Annual statistical returns and brief notes on vaccination in Bengal - 1909-1929
Year: 1909
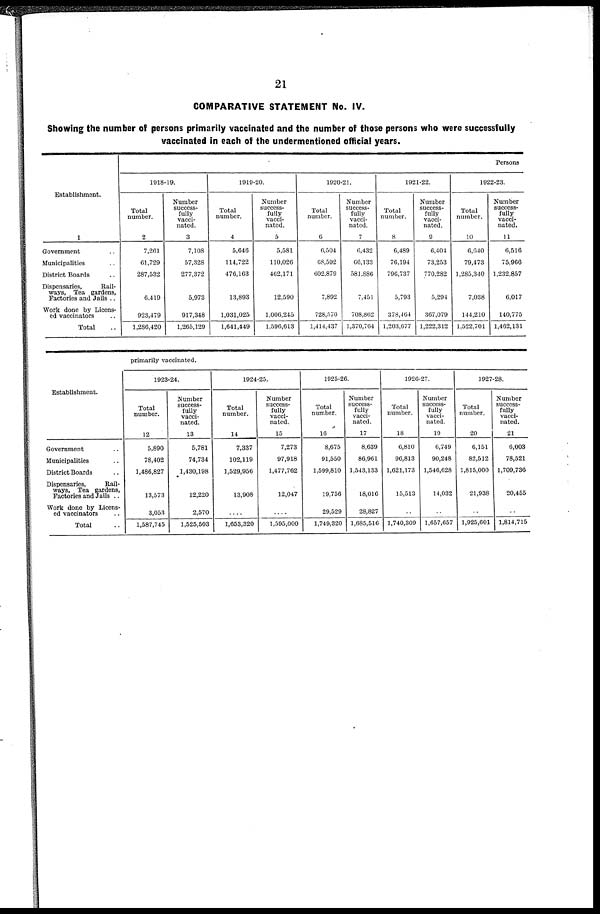
21
COMPARATIVE STATEMENT No. IV.
Showing the number of persons primarily vaccinated and the number of those persons who were successfully
vaccinated in each of the undermentioned official years.
Establishment.
1
Government ..
Municipalities ..
District Boards ..
Dispensaries,
Rail-
ways, Tea gardens,
Factories and Jails ..
Work done by Licens-
ed vaccinators ..
Total ..
Persons
1918-19.
Total
number.
2
7,261
61,729
287,532
6,419
923,479
1,286,420
Number
success-
fully
vacci-
nated.
3
7,108
57,328
277,372
5,973
917,348
1,265,129
1919-20.
Total
number.
4
5,646
114,722
476,163
13,893
1,031,025
1,641,449
Number
success-
fully
vacci-
nated.
5
5,581
110,026
462,171
12,590
1,006,245
1,596,613
1920-21.
Total
number.
6
6,504
68,592
602,879
7,892
728,570
1,414,437
Number
success-
fully
vacci-
nated.
7
6,432
66,133
581,886
7,451
708,862
1,370,764
1921-22.
Total
number.
8
6,489
76,194
796,737
5,793
378,464
1,203,677
Number
success-
fully
vacci-
nated.
9
6,404
73,253
770,282
5,294
367,079
1,222,312
1922-23.
Total
number.
10
6,640
79,473
1,285,340
7,038
144,210
1,522,701
Number
success-
fully
vacci-
nated.
11
6,516
75,966
1,232,857
6,017
140,775
1,462,131
Establishment.
Government ..
Municipalities ..
District Boards ..
Dispensaries,
Rail-
ways, Tea gardens,
Factories and Jails ..
Work done by Licens-
ed vaccinators
Total ..
primarily vaccinated.
1923-24.
Total
number.
12
5,890
78,402
1,486,827
13,573
3,053
1,587,745
Number
success-
fully
vacci-
nated.
13
5,781
74,734
1,430,198
12,220
2,570
1,525,503
1924-25.
Total
number.
14
7,337
102,119
1,529,956
13,908
..
1,653,320
Number
success-
fully
vacci-
nated.
15
7,273
97,918
1,477,762
12,047
..
1,595,000
1925-26.
Total
number.
16
8,675
91,550
1,599,810
19,756
29,529
1,749,320
Number
success-
fully
vacci-
nated.
17
8,639
86,961
1,543,133
18,016
28,827
1,685,516
1926-27.
Total
number.
18
6,810
96,813
1,621,173
15,513
..
1,740,309
Number
success-
fully
vacci-
nated.
19
6,749
90,248
1,546,628
14,032
..
1,657,657
1927-28.
Total
number.
20
6,151
82,512
1,815,000
21,938
..
1,925,601
Number
success-
fully
vacci-
nated.
21
6,003
78,521
1,709,736
20,455
..
1,814,715